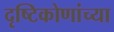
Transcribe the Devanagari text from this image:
दृष्टिकोणांच्या